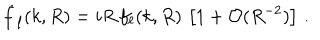
\dot { f } _ { \ell } ( k , R ) = i R \, f _ { \ell } ( k , R ) \, \left[ 1 + \mathcal { O } ( R ^ { - 2 } ) \right] \, .